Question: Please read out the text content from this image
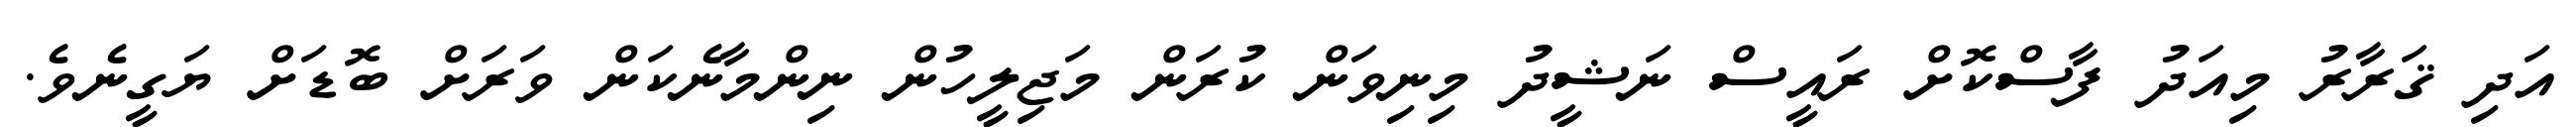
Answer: އަދި ޤަރާރު މިއަދު ފާސްކޮށް ރައީސް ނަޝީދު މިނިވަން ކުރަން މަޖިލީހުން ނިންމާނެކަން ވަރަށް ބޮޑަށް ޔަގީނެވެ.